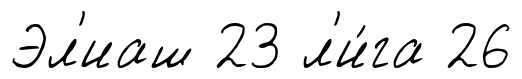
Эл'иаш 23 л'и́га 26